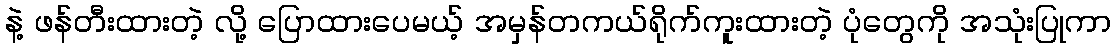
နဲ့ ဖန်တီးထားတဲ့ လို့ ပြောထားပေမယ့် အမှန်တကယ်ရိုက်ကူးထားတဲ့ ပုံတွေကို အသုံးပြုကာ